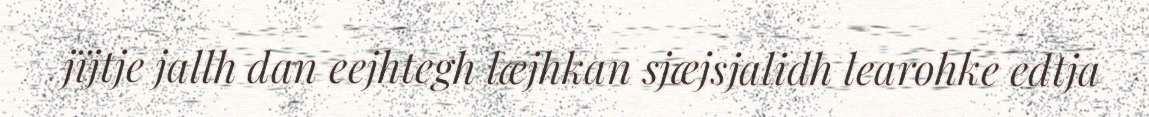
jïjtje jallh dan eejhtegh læjhkan sjæjsjalidh learohke edtja